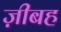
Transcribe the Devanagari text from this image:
ज़ीबह